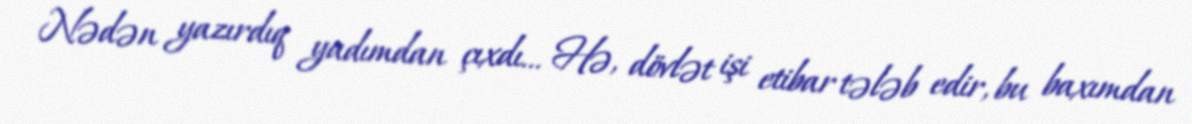
Nədən yazırdıq yadımdan çıxdı... Hə, dövlət işi etibar tələb edir, bu baxımdan